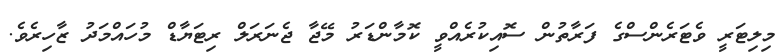
މިލިޓަރީ ވެޓަރެންސްގެ ފަރާތުން ސޮއިކުރެއްވީ ކޮމާންޑަރު މޭޖާ ޖެނަރަލް ރިޓަޔާޑް މުހައްމަދު ޒާހިރެވެ.